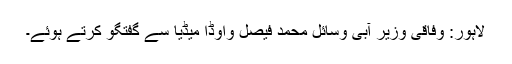
لاہور: وفاقی وزیر آبی وسائل محمد فیصل واوڈا میڈیا سے گفتگو کرتے ہوئے۔